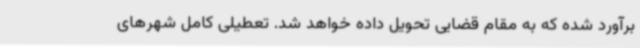
برآورد شده که به مقام قضایی تحویل داده خواهد شد. تعطیلی کامل شهرهای